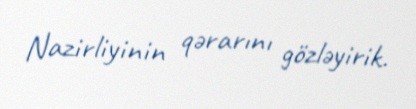
Nazirliyinin qərarını gözləyirik.